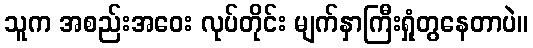
သူက အစည်းအဝေး လုပ်တိုင်း မျက်နှာကြီးရှုံတွနေတာပဲ။